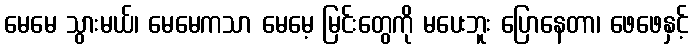
မေမေ သွားမယ်၊ မေမေကသာ မေမေ့ မြင်းတွေကို မပေးဘူး ပြောနေတာ၊ ဖေဖေနှင့်